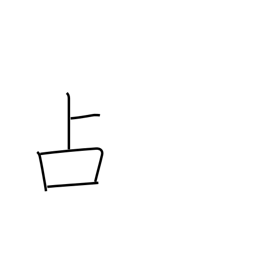
Meaning: fortune-telling